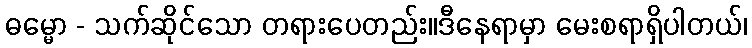
ဓမ္မော - သက်ဆိုင်သော တရားပေတည်း။ဒီနေရာမှာ မေးစရာရှိပါတယ်၊